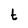
Character: t